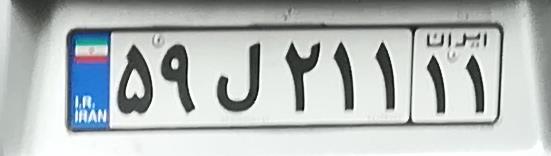
۵۹ل۲۱۱۱۱